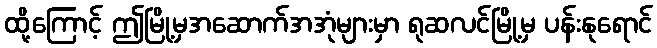
ထို့ကြောင့် ဤမြို့မှအဆောက်အအုံများမှာ ရုဆလင်မြို့မှ ပန်းနုရောင်